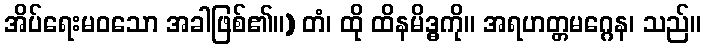
အိပ်ရေးမဝသော အခါဖြစ်၏။) တံ၊ ထို ထိနမိဒ္ဓကို။ အရဟတ္တမဂ္ဂေန၊ သည်။